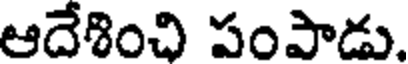
ఆదేశించి పంపాడు.